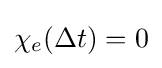
\chi _{e}(\Delta t)=0